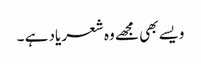
ویسے بھی مجھے وہ شعر یاد ہے ۔